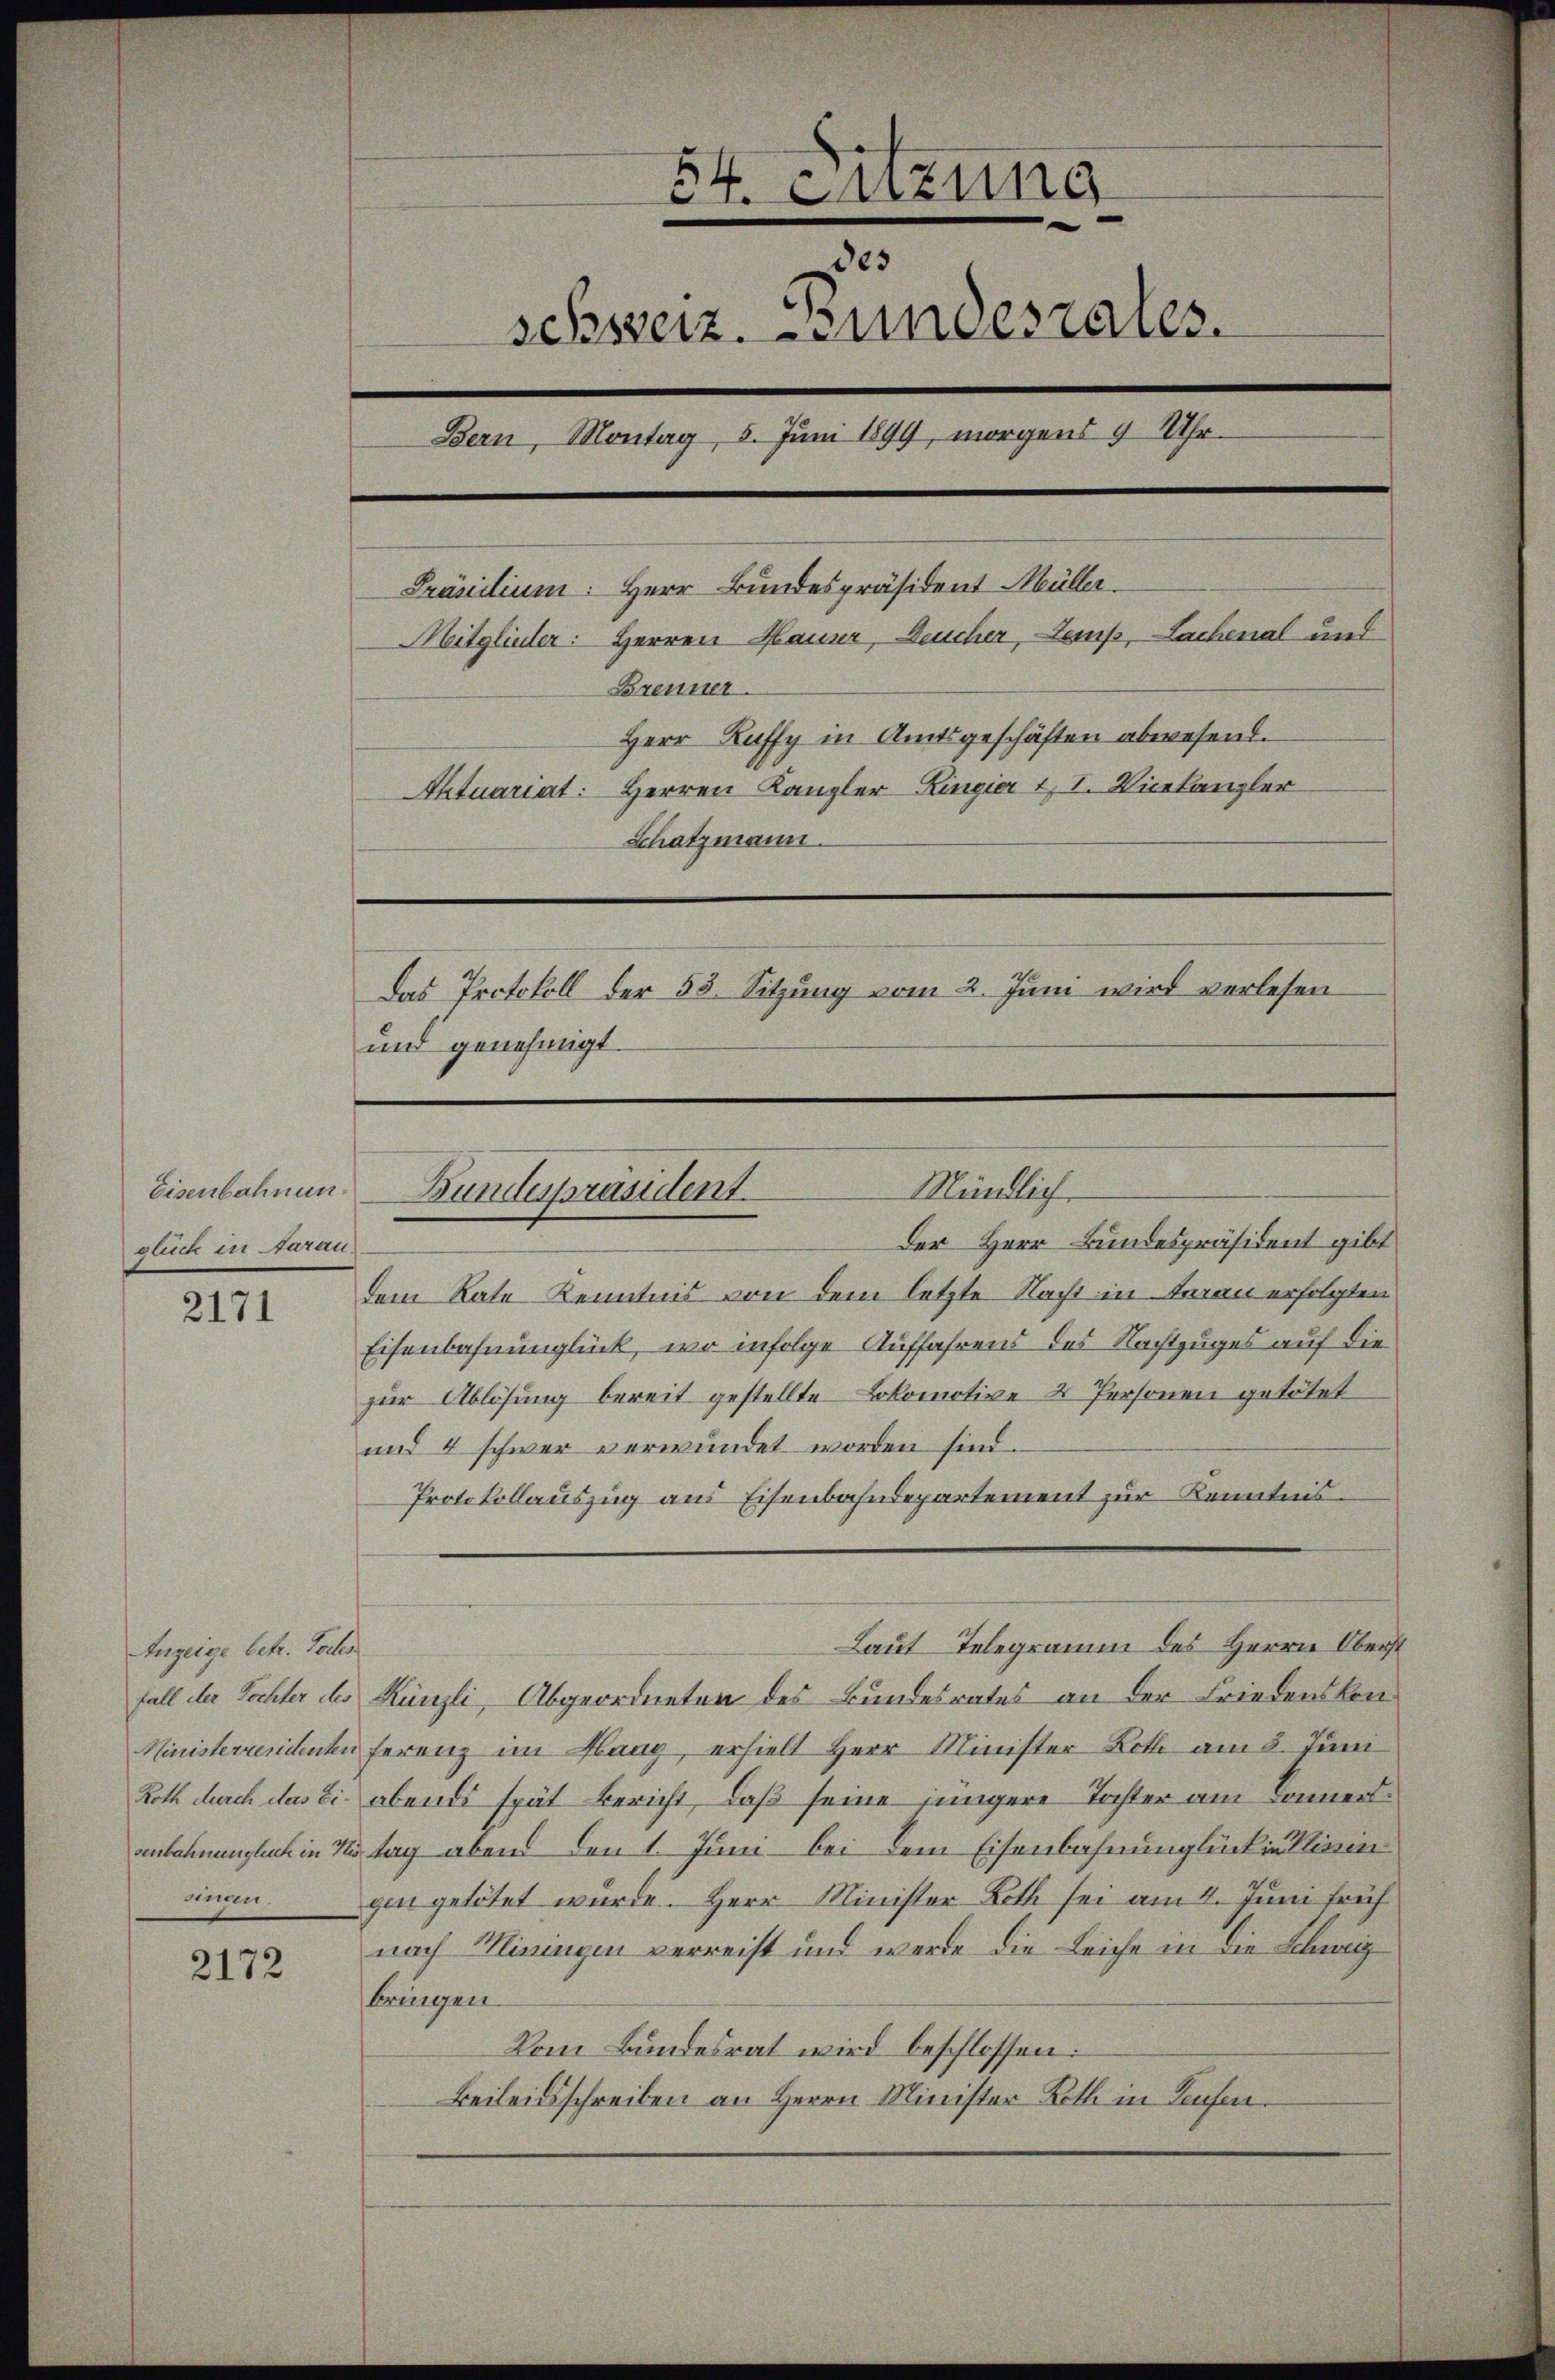
Eisenbahnunbluch in Aarau

2171

Anzeige betr. Todes
nigen.

2172

¬
cr. Gizung
des
schszenz. Bundesrates.
Bern, Montag, 5. Juni 1899, morgens 9 Uhr.
Präsidium. Herr Bundespräsident Müller
Mitglieder: Herren Hauser, Deucher, Temp, Lachenal und
Brenner.
Herr Kuffy in Amtsgeschäften abwesend.
Aktuariat: Herren Kanzler Ringier II. Vicekanzler
Schatzmann.
Das Protokoll der 53. Sitzung vom 2. Juni wird verlesen
und genehmigt.

Der Herr Bundespräsident gibt
¬
dem Rate Kenntnis von dem letzte Nacht in Frau erfolgten
Eisenbahnunglück, wo infolge Auffahrens des Nachtzuges auf die
zur Ablösung bereit gestellte Lokomotive 2 Personen getötet
und 4 schwer verwundet worden sind.
Protokollauszug aus Eisenbahndepartement zur Kenntnis¬
Laut Telegramm des Herrn Oberst
fall der Tochter des Künzli, Abgeordneten des Bundesrates an der Friedenskon¬
Ministerrendenten ferenz im Flang, erhielt Herr Minister Both am 3. Juni
Roth durch das Ei- abends spät Bericht, daß seine jüngere Tochter am Donnersanlehnunglich in Kösteg abend den 1. Juni bei dem Eisenbahnunglück in die
gen getötet wurde. Herr Minister Roth sei am 4. Juni früh
nach Miningen verreist und werde die Leiche in die Schweiz
bringen.
Vom Bundesrat wird beschlossen:
Beileidsschreiben an Herrn Minister Koth in Laufen

Mündlich
Bundespräsident.